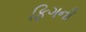
ફિગની